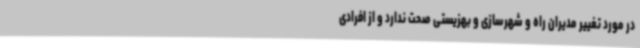
در مورد تغییر مدیران راه و شهرسازی و بهزیستی صحت ندارد و از افرادی